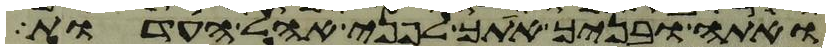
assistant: ואתה ובניך אתך לפני אהל העדות